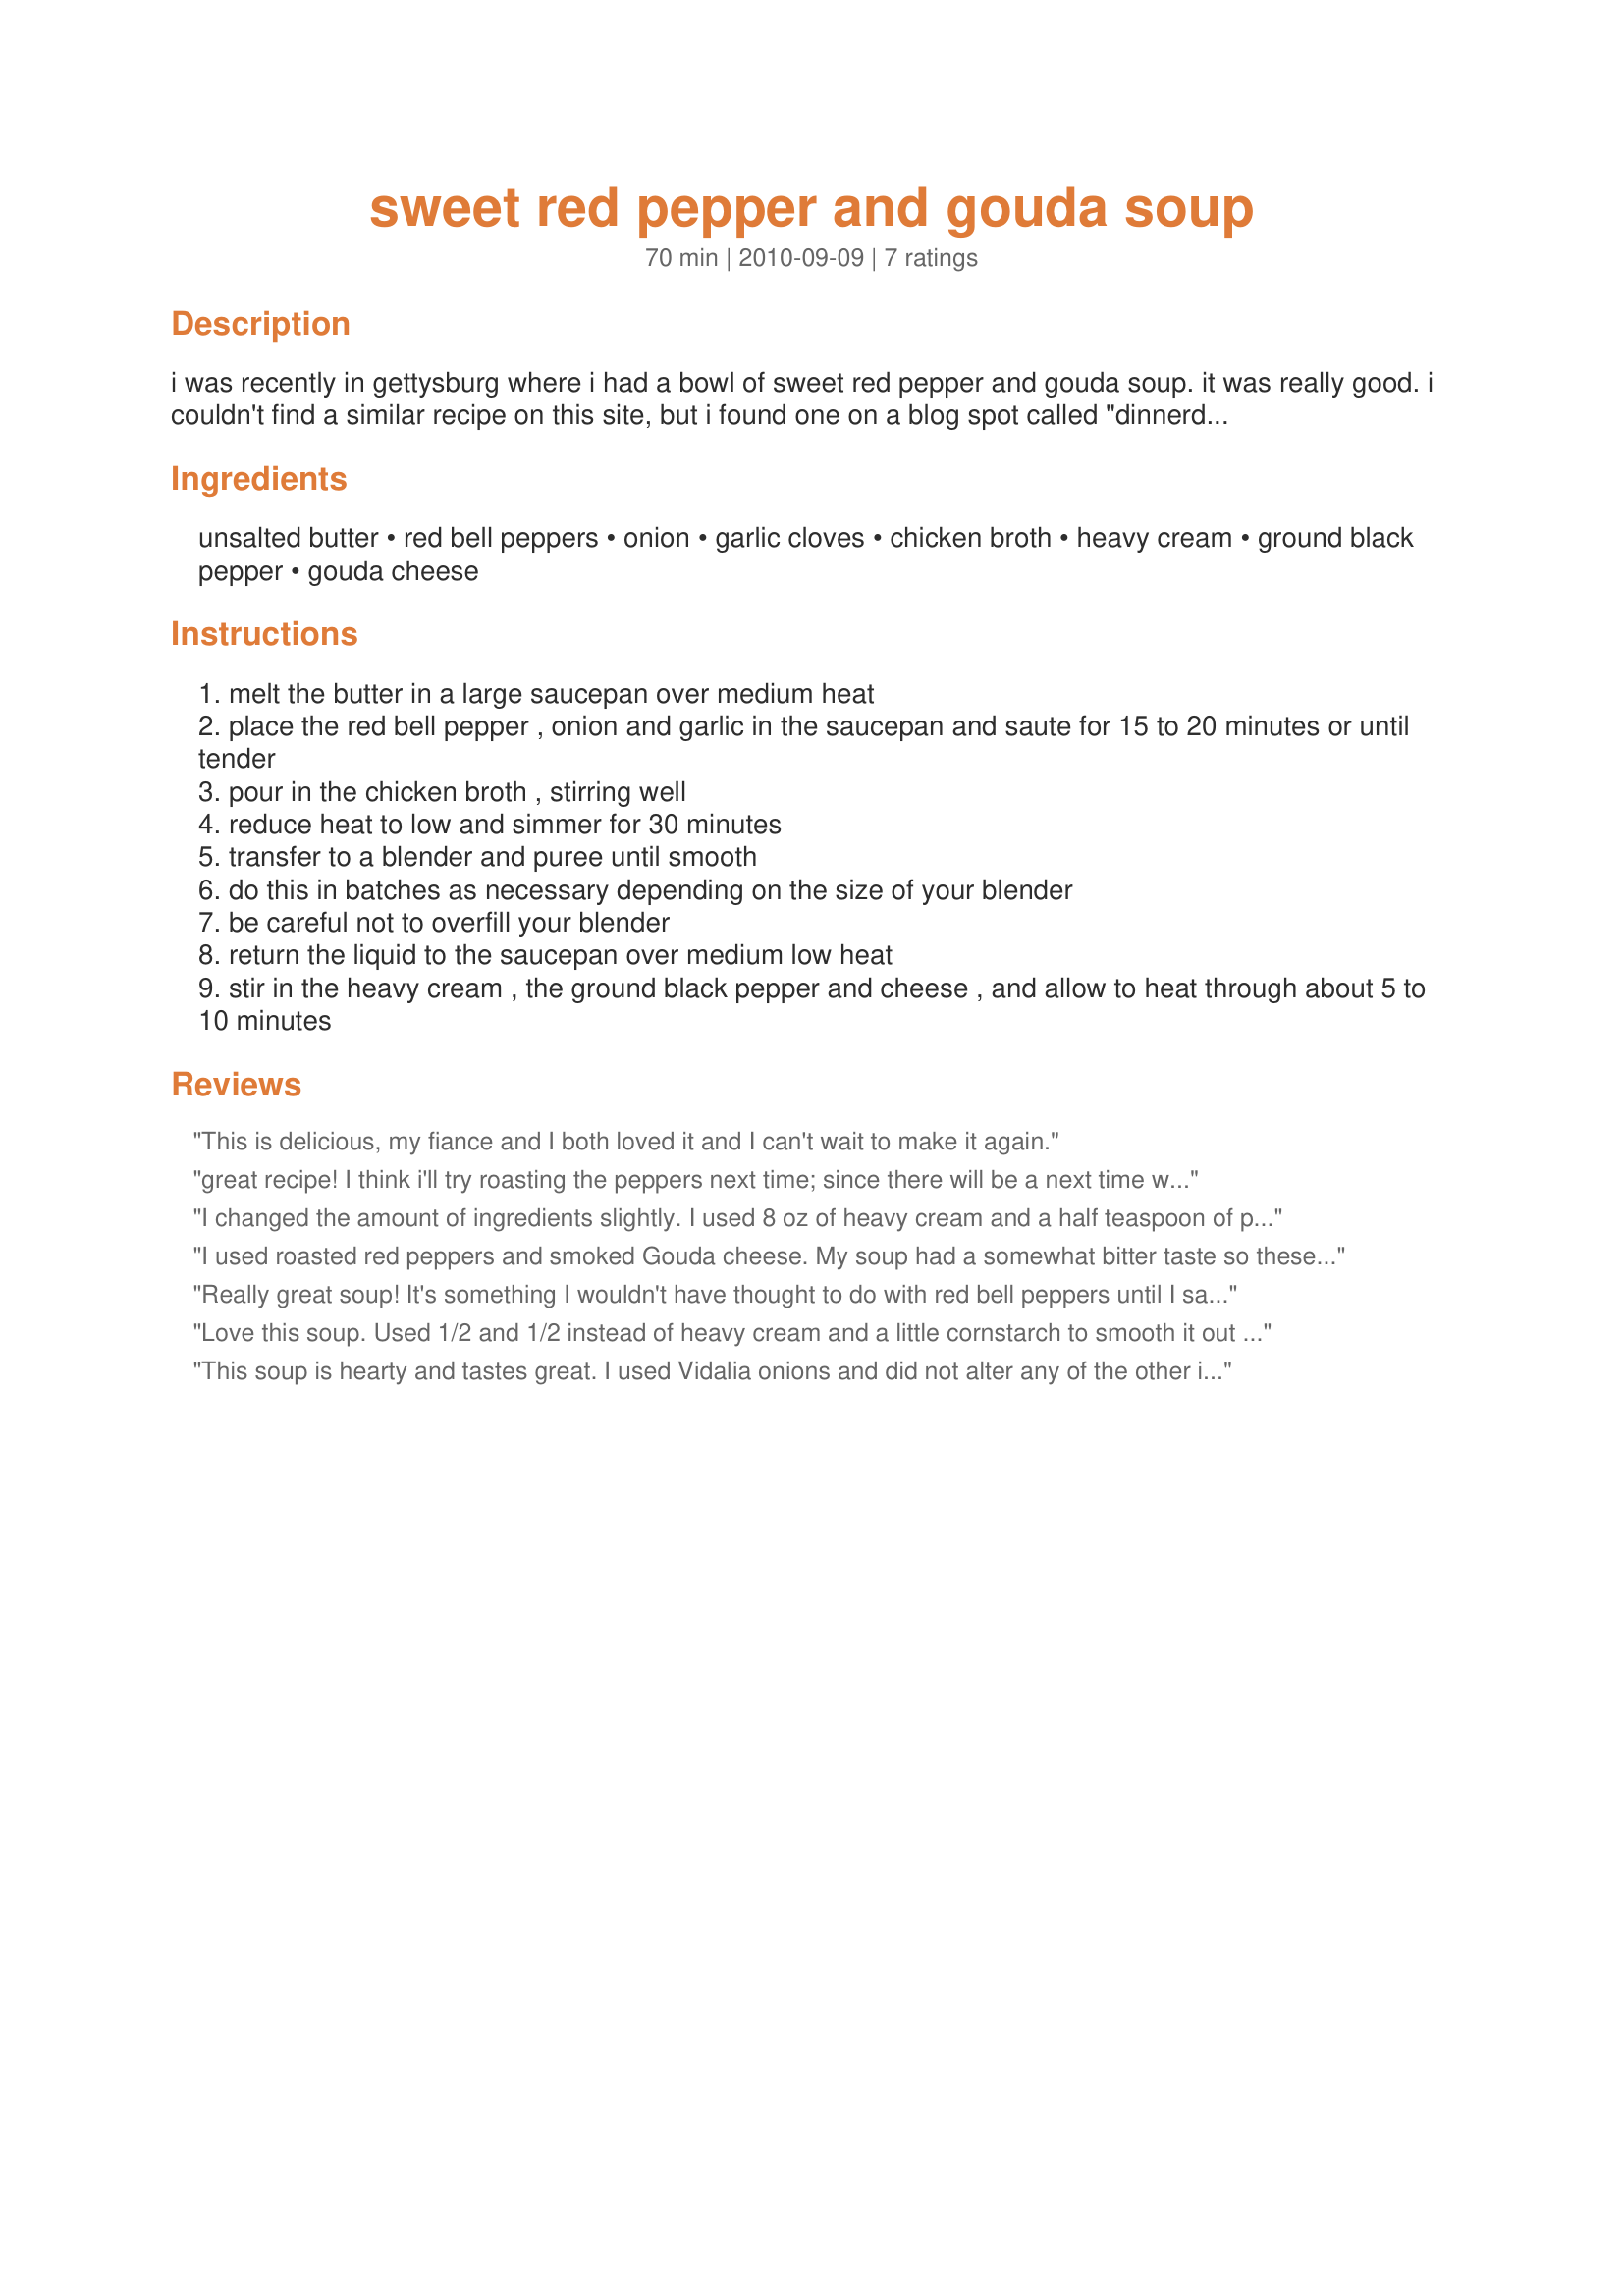
sweet red pepper and gouda soup
Preparation time: 70 minutes

i was recently in gettysburg where i had a bowl of sweet red pepper and gouda soup. it was really good. i couldn't find a similar recipe on this site, but i found one on a blog spot called "dinnerdoldrumsnomore". it came out just like the one i was served... so, here it is... enjoy! --the mad slovak --

Ingredients:
unsalted butter, red bell peppers, onion, garlic cloves, chicken broth, heavy cream, ground black pepper, gouda cheese

Steps:
melt the butter in a large saucepan over medium heat
place the red bell pepper , onion and garlic in the saucepan and saute for 15 to 20 minutes or until tender
pour in the chicken broth , stirring well
reduce heat to low and simmer for 30 minutes
transfer to a blender and puree until smooth
do this in batches as necessary depending on the size of your blender
be careful not to overfill your blender
return the liquid to the saucepan over medium low heat
stir in the heavy cream , the ground black pepper and cheese , and allow to heat through about 5 to 10 minutes

Reviews:
This is delicious, my fiance and I both loved it and I can't wait to make it again.
great recipe! I think i'll try roasting the peppers next time; since there will be a next time with this soup! thank you!! <br/>2 packed cups of shredded cheese = .63lb block.
I changed the amount of ingredients slightly. I used 8 oz of heavy cream and a half teaspoon of pepper. I didn&#039;t have a blender so I used a hand mixer. I also used 2 well drained jars of roasted red peppers. My 1st time and it was awesome.
I used roasted red peppers and smoked Gouda cheese. My soup had a somewhat bitter taste so these choices may not have been wise.
Really great soup! It's something I wouldn't have thought to do with red bell peppers until I saw this recipe. The Gouda cheese is a wonderful match. I'd like to try smoked Gouda as well. I made this exactly as written. Thanx for posting!
Love this soup. Used 1/2 and 1/2 instead of heavy cream and a little cornstarch to smooth it out and incorporate the gooey gouda which settled to the bottom of the pan. I used a little chipotle red pepper instead of black pepper for smoky taste as my Gouda was not smoked. I did not have fresh onion so used powdered and a dash of Lawrys. I used olive oil instead of butter. I used fresh clove of garlic. Thanks for the recipe so I could figure out proprtions. I made 1/4 the recipe. Btw you must completely cook the red pepper to mushy consistency and blend it. The key to this soup is how smooth it turns out like the picture. I'm off to find a Mushroom Brie soup recipe next. Bon apetite!
This soup is hearty and tastes great. I used Vidalia onions and did not alter any of the other ingredients. Using an immersion blender is an easier, and less messy, way to chop the mixture up.
